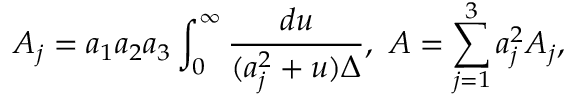
A _ { j } = a _ { 1 } a _ { 2 } a _ { 3 } \int _ { 0 } ^ { \infty } \frac { d u } { ( a _ { j } ^ { 2 } + u ) \Delta } , ~ A = \sum _ { j = 1 } ^ { 3 } a _ { j } ^ { 2 } A _ { j } ,